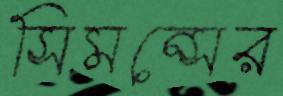
সিমন্সের